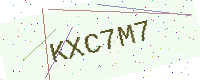
Text: KXC7M7